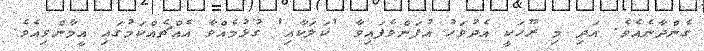
ގެންދާނެއެވެ. އަދި މި ރޫހަކީ އެދުވަހު އުފަންވެފައިވާ 'ކަލަކާއި' ގުޅުމެއްވާ އެއްޗެއްކަމުގައި އީމާންވިއެވެ.